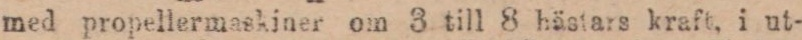
med propellermaskiner om 3 till 8 hästars kraft, i ut-